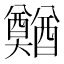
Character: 𲆿